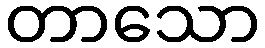
တာသော